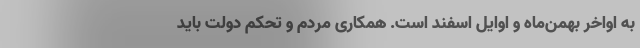
به اواخر بهمن‌ماه و اوایل اسفند است. همکاری مردم و تحکم دولت باید